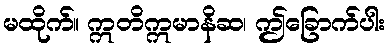
မထိုက်။ ဣတိဣမာနိဆ၊ ဤခြောက်ပါး